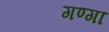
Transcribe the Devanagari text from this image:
गण्गा